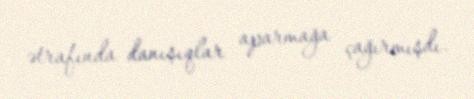
ətrafında danışıqlar aparmağa çağırmışdı.